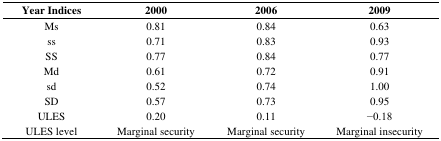
<table><thead><tr><td><b>Year Indices</b></td><td><b>2000</b></td><td><b>2006</b></td><td><b>2009</b></td></tr></thead><tbody><tr><td>Ms</td><td>0.81</td><td>0.84</td><td>0.63</td></tr><tr><td>ss</td><td>0.71</td><td>0.83</td><td>0.93</td></tr><tr><td>SS</td><td>0.77</td><td>0.84</td><td>0.77</td></tr><tr><td>Md</td><td>0.61</td><td>0.72</td><td>0.91</td></tr><tr><td>sd</td><td>0.52</td><td>0.74</td><td>1.00</td></tr><tr><td>SD</td><td>0.57</td><td>0.73</td><td>0.95</td></tr><tr><td>ULES</td><td>0.20</td><td>0.11</td><td>−0.18</td></tr><tr><td>ULES level</td><td>Marginal security</td><td>Marginal security</td><td>Marginal insecurity</td></tr></tbody></table>